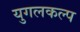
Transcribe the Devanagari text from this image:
युगलकल्प